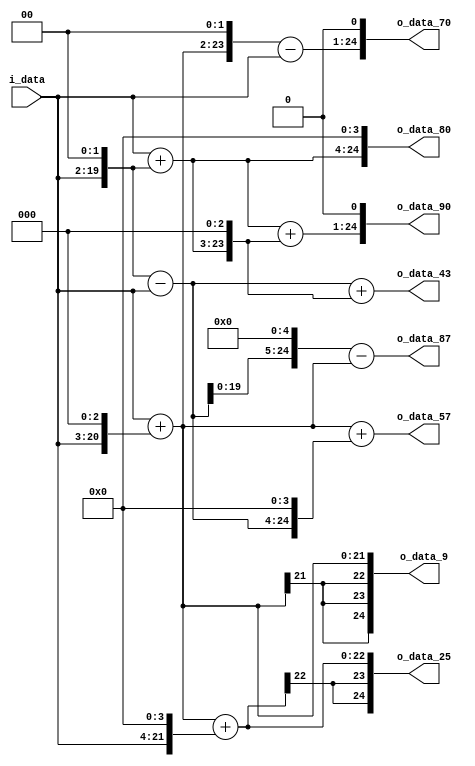
module spiral_8(
          i_data,
          
        o_data_9,
        o_data_25,
        o_data_43,
        o_data_57,
        o_data_70,
        o_data_80,
        o_data_87,
        o_data_90
);

// ********************************************
//                                             
//    INPUT / OUTPUT DECLARATION                                               
//                                                                             
// ********************************************             
input  signed [17:0]   i_data;
output signed [17+7:0] o_data_9;
output signed [17+7:0] o_data_25;
output signed [17+7:0] o_data_43;
output signed [17+7:0] o_data_57;
output signed [17+7:0] o_data_70;
output signed [17+7:0] o_data_80;
output signed [17+7:0] o_data_87;
output signed [17+7:0] o_data_90;
// ********************************************
//                                             
//    WIRE DECLARATION                                               
//                                                                             
// ********************************************    
wire signed [24:0]  w1,
                    w4,
                    w5,
                    w8,
                    w9,
                    w16,
                    w25,
                    w36,
                    w35,
                    w40,
                    w45,
                    w3,
                    w43,
                    w48,
                    w57,
                    w96,
                    w87,
                    w70,
                    w80,
                    w90;

assign w1  = i_data;
assign w4  = w1 << 2;
assign w5  = w1 + w4;
assign w8  = w1 << 3;
assign w9  = w1 + w8;
assign w16 = w1 << 4;
assign w25 = w9 + w16;
assign w36 = w9 << 2;
assign w35 = w36 - w1;
assign w40 = w5 << 3;
assign w45 = w5 + w40;
assign w3  = w4 - w1;
assign w43 = w3 + w40;
assign w48 = w3 << 4;
assign w57 = w9 + w48;
assign w96 = w3 << 5;
assign w87 = w96 - w9;
assign w70 = w35 << 1;
assign w80 = w5 << 4;
assign w90 = w45 << 1;
// ********************************************
//                                             
//    Combinational Logic                      
//                                             
// ********************************************

assign  o_data_9=w9;
assign  o_data_25=w25;
assign  o_data_43=w43;
assign  o_data_57=w57;
assign  o_data_70=w70;
assign  o_data_80=w80;
assign  o_data_87=w87;
assign  o_data_90=w90;

endmodule